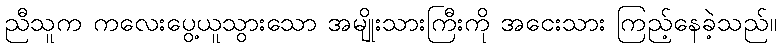
ညီသူက ကလေးပွေ့ယူသွားသော အမျိုးသားကြီးကို အငေးသား ကြည့်နေခဲ့သည်။